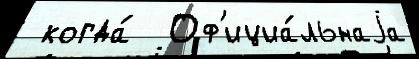
 когда́  Оф'ициа́льнаjа